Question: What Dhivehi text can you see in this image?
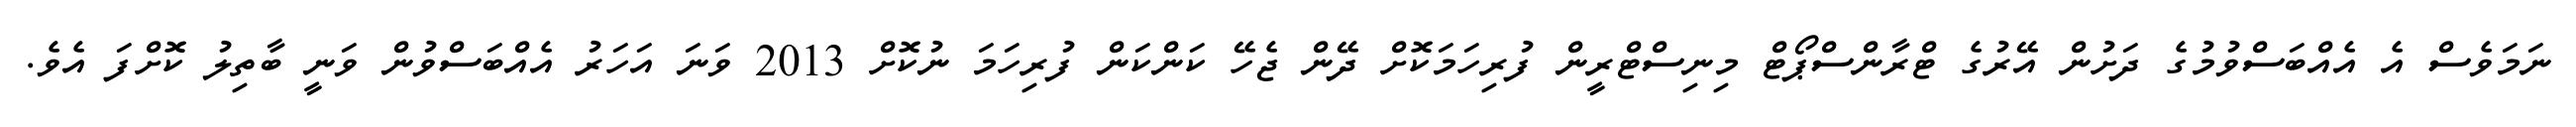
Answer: ނަމަވެސް އެ އެއްބަސްވުމުގެ ދަށުން އޭރުގެ ޓްރާންސްޕޯޓް މިނިސްޓްރީން ފުރިހަމަކޮށް ދޭން ޖެހޭ ކަންކަން ފުރިހަމަ ނުކޮށް 2013 ވަނަ އަހަރު އެއްބަސްވުން ވަނީ ބާތިލު ކޮށްފަ އެވެ.